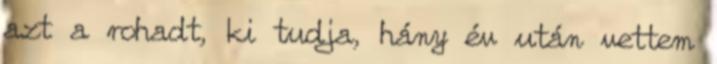
azt a rohadt, ki tudja, hány év után vettem